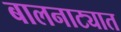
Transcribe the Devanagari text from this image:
बालनाट्यात